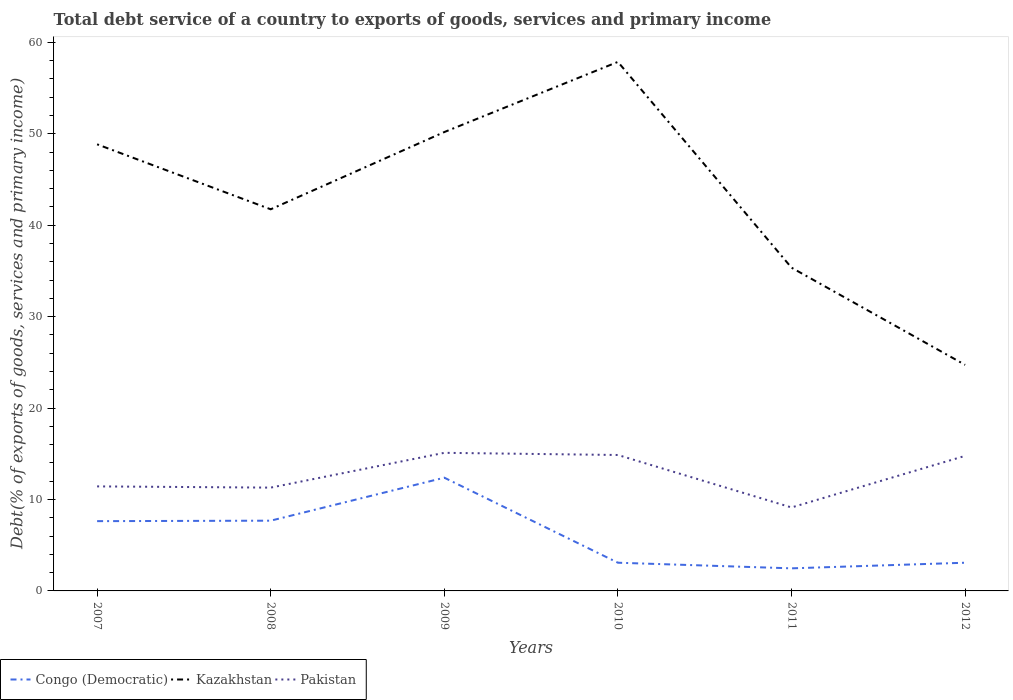
| Years | Congo (Democratic) | Kazakhstan | Pakistan |
 | --- | --- | --- | --- |
 | 2007 | 7.63 | 48.9 | 11.4 |
 | 2008 | 7.68 | 41.7 | 11.3 |
 | 2009 | 12.4 | 50.2 | 15.1 |
 | 2010 | 3.09 | 57.9 | 14.9 |
 | 2011 | 2.47 | 35.4 | 9.13 |
 | 2012 | 3.08 | 24.7 | 14.8 |